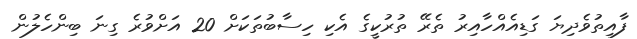
ފާއިތުވެދިޔަ ގަޑިއެއްހާއިރު ތެރޭ ތުރުކީގެ އެކި ހިސާބުތަކަށް 20 އަށްވުރެ ގިނަ ބިންހެލުން